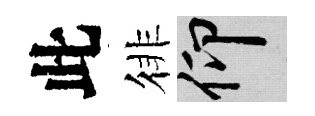
此徘仰